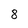
Character: 8